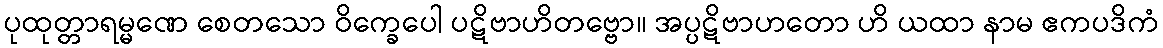
ပုထုတ္တာရမ္မဏေ စေတသော ဝိက္ခေပေါ ပဋိဗာဟိတဗ္ဗော။ အပ္ပဋိဗာဟတော ဟိ ယထာ နာမ ဧကပဒိကံ